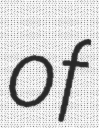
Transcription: of